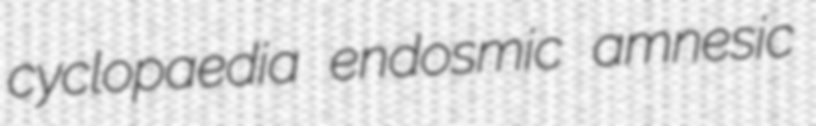
cyclopaedia endosmic amnesic